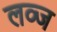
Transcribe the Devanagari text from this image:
लव्ज